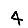
Digit: 4